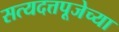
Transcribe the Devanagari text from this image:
सत्यदत्तपूजेच्या